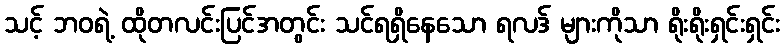
သင့် ဘဝရဲ့ ထိုတလင်းပြင်အတွင်း သင်ရရှိနေသော ရလဒ် များကိုသာ ရိုးရိုးရှင်းရှင်း